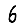
Digit: 6